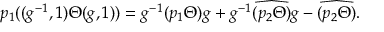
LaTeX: p _ { 1 } ( ( g ^ { - 1 } , 1 ) \Theta ( g , 1 ) ) = g ^ { - 1 } ( p _ { 1 } \Theta ) g + g ^ { - 1 } \widehat { ( p _ { 2 } \Theta ) } g - \widehat { ( p _ { 2 } \Theta ) } .